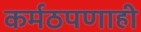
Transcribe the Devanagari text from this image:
कर्मठपणाही